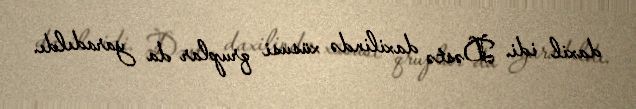
daxil idi. Dəstə daxilində xüsusi qruplar da yaradıldı.